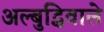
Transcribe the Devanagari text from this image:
अल्बुद्धिवाले